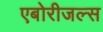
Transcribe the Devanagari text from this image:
एबोरीजल्स